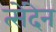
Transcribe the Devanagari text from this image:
त्सेंदेन